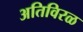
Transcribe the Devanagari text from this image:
अतिविरळ